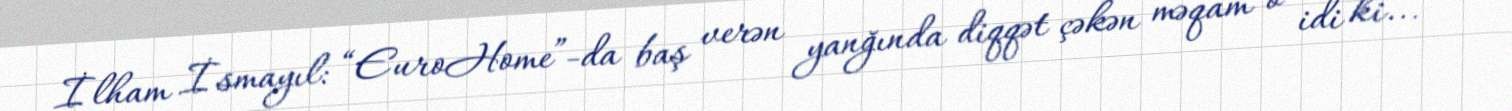
İlham İsmayıl: “EuroHome”-da baş verən yanğında diqqət çəkən məqam o idi ki...”